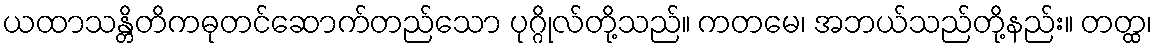
ယထာသန္တိတိကဓုတင်ဆောက်တည်သော ပုဂ္ဂိုလ်တို့သည်။ ကတမေ၊ အဘယ်သည်တို့နည်း။ တတ္ထ၊